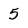
Character: 5